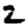
Digit: 2